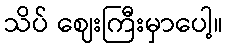
သိပ် ဈေးကြီးမှာပေါ့။